Indian journal of veterinary science and animal husbandry - Volume 12,
Year: 1942
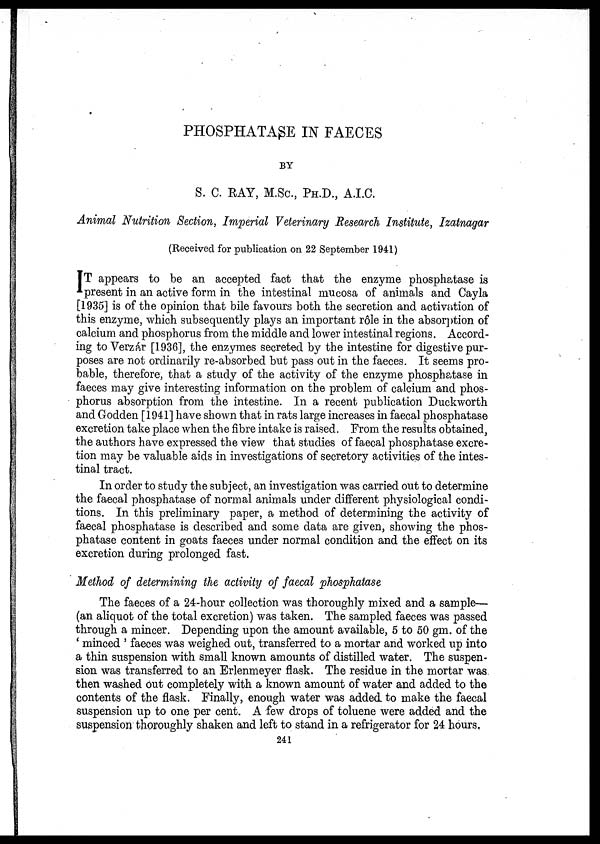
PHOSPHATASE IN FAECES
BY
S. C. RAY, M.Sc., PH.D., A.I.C.
Animal Nutrition Section, Imperial Veterinary Research Institute, Izatnagar
(Received for publication on 22 September 1941)
IT appears to be an accepted fact that the enzyme phosphatase is
present in an active form in the intestinal mucosa of animals and Cayla
[1935] is of the opinion that bile favours both the secretion and activation of
this enzyme, which subsequently plays an important rôle in the absorption of
calcium and phosphorus from the middle and lower intestinal regions. Accord-
ing to Verzár [1936], the enzymes secreted by the intestine for digestive pur-
poses are not ordinarily re-absorbed but pass out in the faeces. It seems pro-
bable, therefore, that a study of the activity of the enzyme phosphatase in
faeces may give interesting information on the problem of calcium and phos-
phorus absorption from the intestine. In a recent publication Duckworth
and Godden [1941] have shown that in rats large increases in faecal phosphatase
excretion take place when the fibre intake is raised. From the results obtained,
the authors have expressed the view that studies of faecal phosphatase excre-
tion may be valuable aids in investigations of secretory activities of the intes-
tinal tract.
In order to study the subject, an investigation was carried out to determine
the faecal phosphatase of normal animals under different physiological condi-
tions. In this preliminary paper, a method of determining the activity of
faecal phosphatase is described and some data are given, showing the phos-
phatase content in goats faeces under normal condition and the effect on its
excretion during prolonged fast.
Method of determining the activity of faecal phosphatase
The faeces of a 24-hour collection was thoroughly mixed and a sample—
(an aliquot of the total excretion) was taken. The sampled faeces was passed
through a mincer. Depending upon the amount available, 5 to 50 gm. of the
' minced ' faeces was weighed out, transferred to a mortar and worked up into
a thin suspension with small known amounts of distilled water. The suspen-
sion was transferred to an Erlenmeyer flask. The residue in the mortar was
then washed out completely with a known amount of water and added to the
contents of the flask. Finally, enough water was added to make the faecal
suspension up to one per cent. A few drops of toluene were added and the
suspension thoroughly shaken and left to stand in a refrigerator for 24 hours.
241